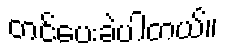
တင်ပေးခဲ့ပါတယ်။